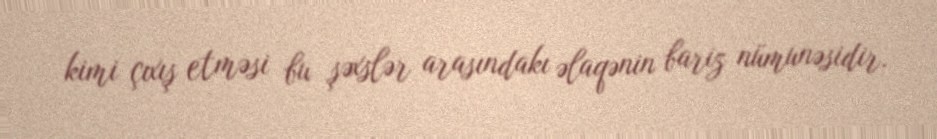
kimi çıxış etməsi bu şəxslər arasındakı əlaqənin bariz nümunəsidir.